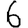
Digit: 6